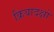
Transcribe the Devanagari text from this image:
क्रियादक्षो